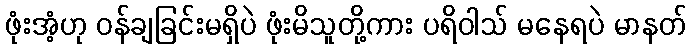
ဖုံးအံ့ဟု ဝန်ချခြင်းမရှိပဲ ဖုံးမိသူတို့ကား ပရိဝါသ် မနေရပဲ မာနတ်